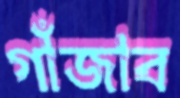
গাঁজাব